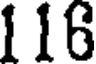
116